Martna_vallavalitsus, lk 11
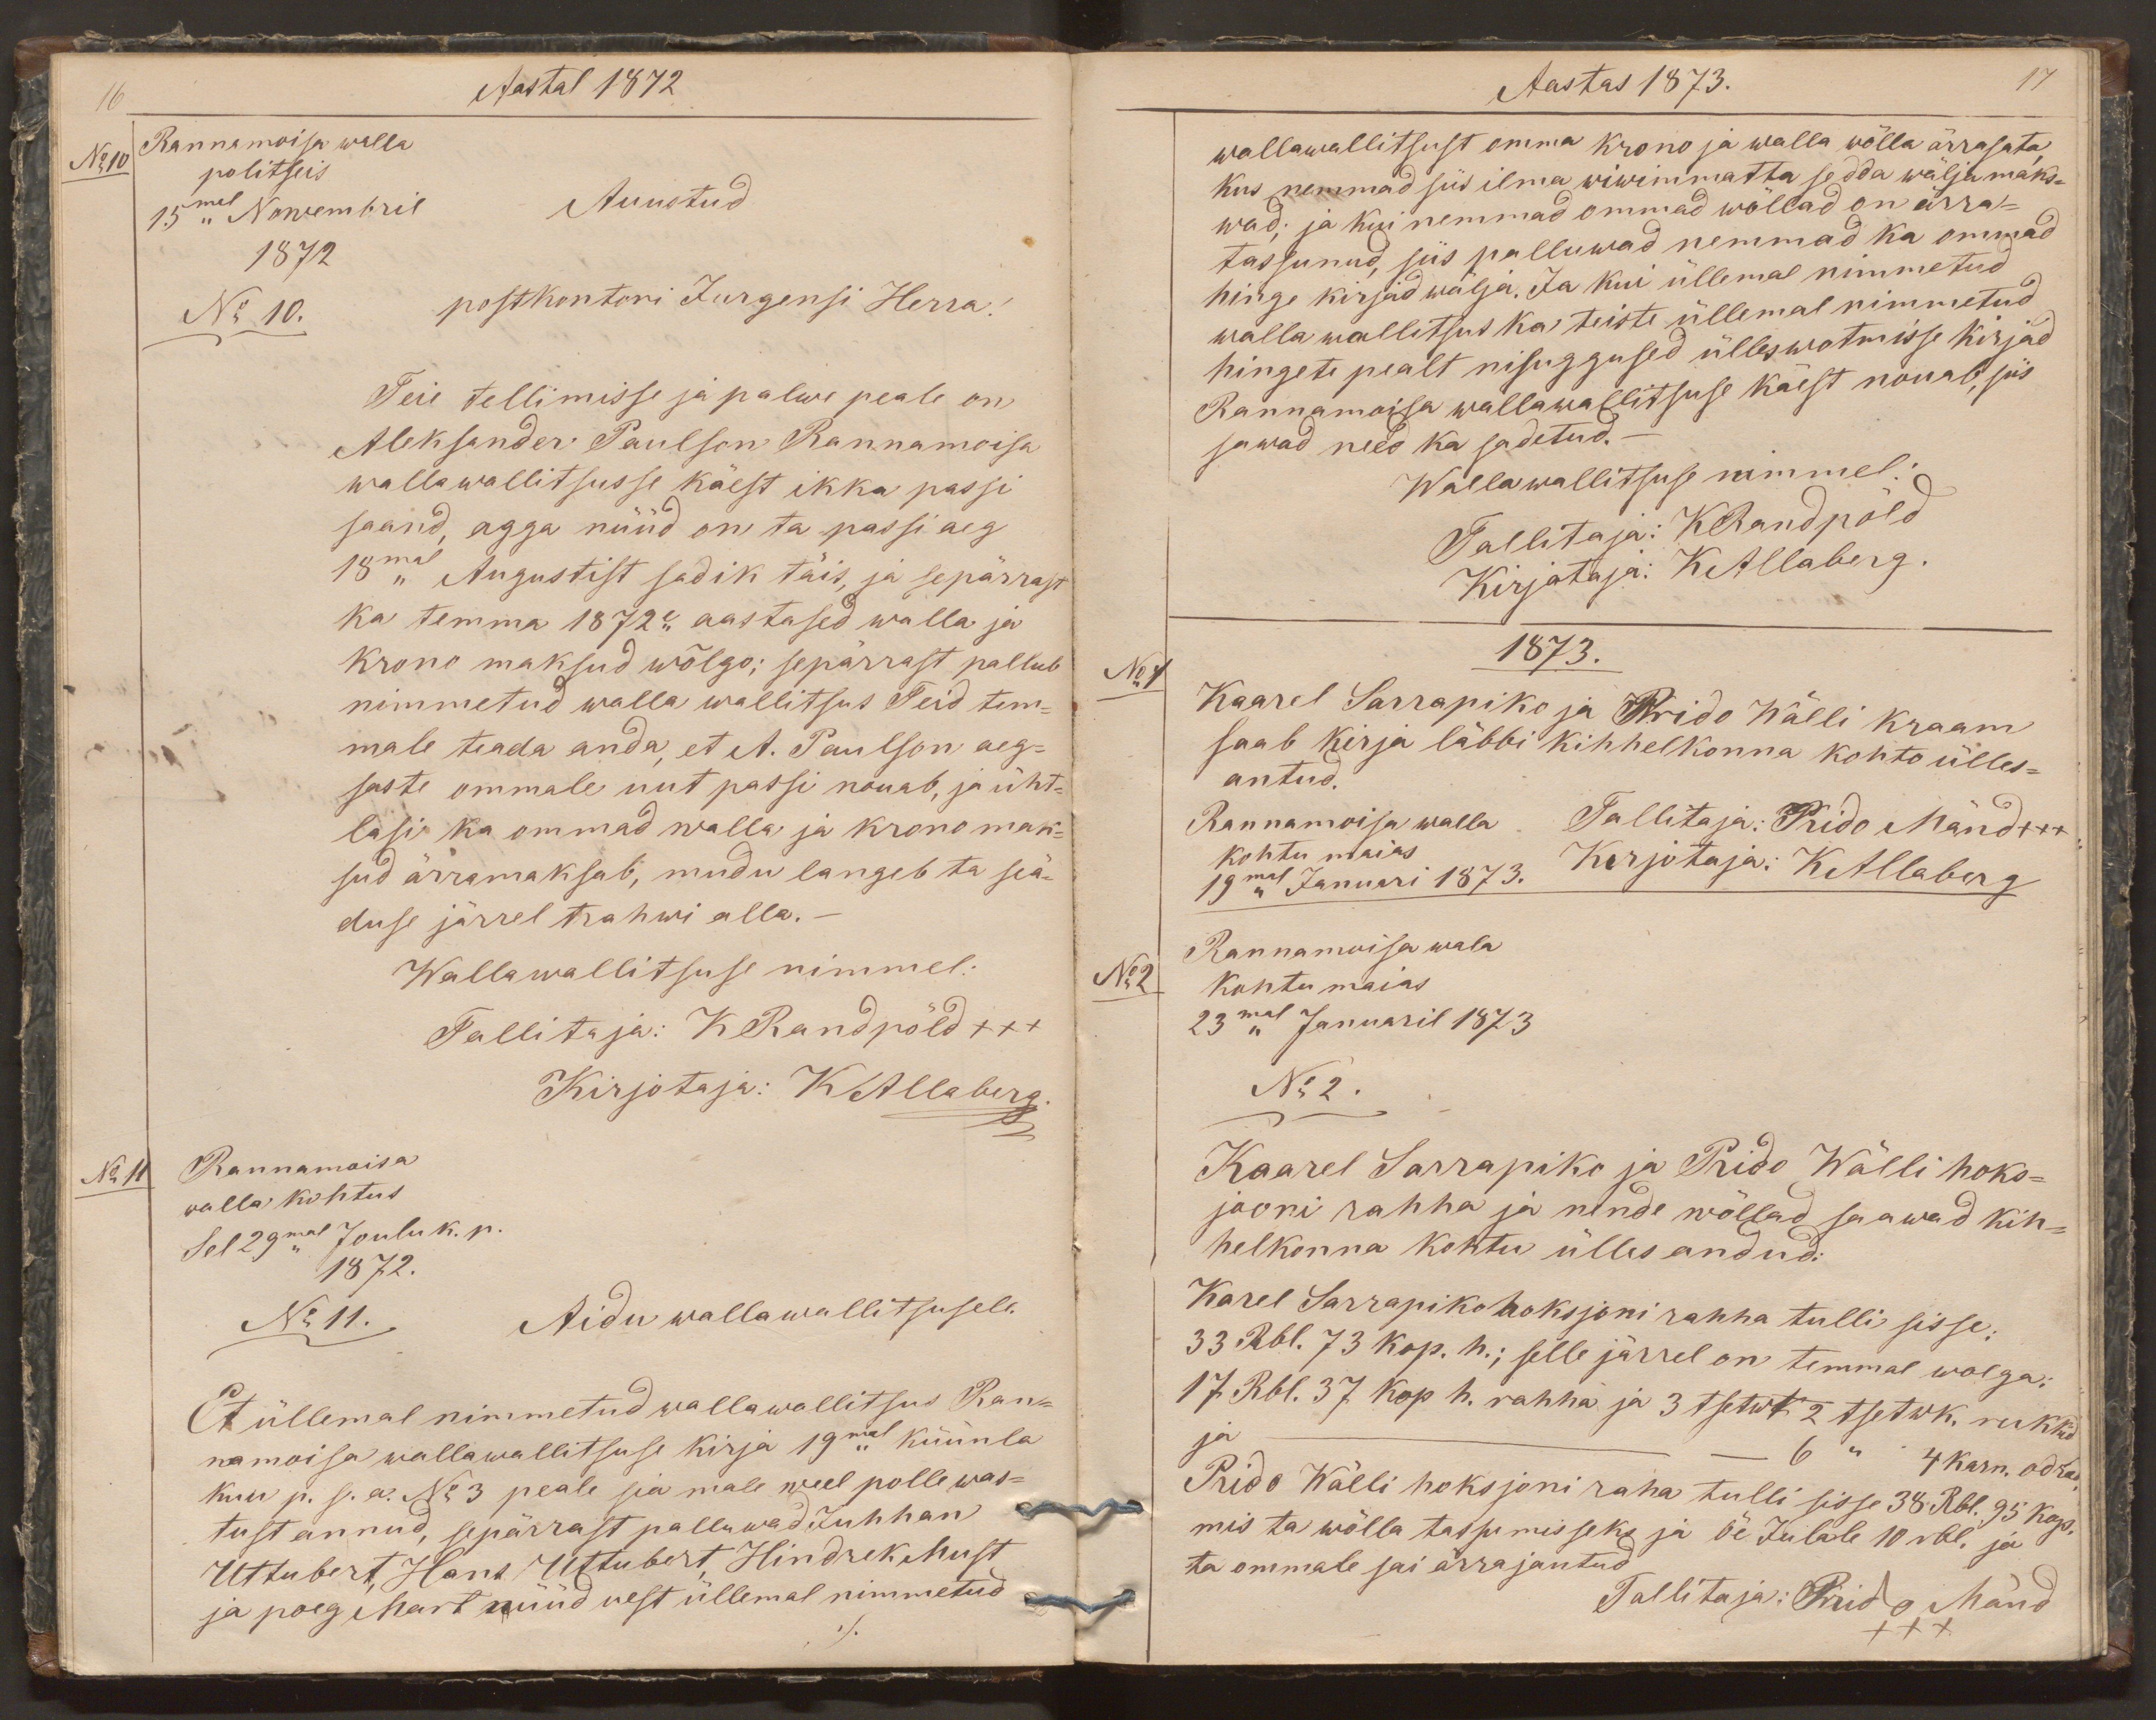
Aastal 1872
No 10
Rannamoisa walla
politseis
15mal Nowembril
Auustud
1872
No 10.
postkontori Jurgensi Herra!
Teie tellimisse ja palwe peale on
Aleksander Paulson Rannamoisa
wallawallitsusse käest ikka passi
saand, agga nüüd on ta passi aeg
18mal Augustist sadik täis, ja sepärrast
ka temma 1872e aastased walla ja
krono maksud wõlgo; sepärrast pallub
nimmetud walla wallitsus Teid tem-
male teada anda, et A. Paulson aeg-
saste ommale uut passi nouab, ja üht-
lasi ka ommad walla ja krono mak-
sud ärramaksab, mudu langeb ta seä-
duse järrel trahwi alla.-
Wallawallitsuse nimmel:
Tallitaja: K Randpõld xxx
Kirjotaja: KAllaberg
No 11
Rannamoisa
walla kohtus
Sel 29mal Joulu k. p.
1872.
No 11.
Aidu wallawallitsusele.
Et üllemal nimmetud wallawallitsus Ran-
namoisa wallawallitsuse kirja 19mal küünla
kuu p. s. a. No 3 peale sia male weel polle was-
tust annud, sepärrast palluwad Juhhan
Uttubert, Hans Uttubert Hindrek Must
ja poeg Mart nüüd uest üllemal nimmetud

Aastas 1873.
17
wallawallitsust omma krono ja walla wõlla ärrasata,
kus nemmad siis ilma wiwimmatta sedda wäljamaks-
wad; ja kui nemmad ommad wõllad on ärra-
tassunud, siis palluwad nemmad ka ommad
hinge kirjad wälja. Ja kui üllemal nimmetud
walla wallitsus ka teiste üllemal nimmetud
hingete pealt nisuggused ülleswotmisse kirjad
Rannamoisa wallawallitsuse käest nouab, siis
sawad need ka sadetud.-
Wallawallitsuse nimmel:
Tallitaja: KRandpõld
Kirjotaja: KAllaberg.
No 1
1873.
Kaarel Sarrapiko ja Prido Wälli kraam
saab kirja läbbi kihhelkonna kohto ülles-
antud.
Rannamoisa walla
Tallitaja: Prido Mänd xxx
kohtu maias
19mal Januari 1873.
Kirjotaja: KAllaberg
Rannamoisa wala
No 2
kohtu maias
23mal Januaril 1873.
No 2.
Kaarel Sarrapiko ja Prido Wälli hoks-
jooni rahha ja nende wõllad saawad kih-
helkonna kohtu ülles andud:
Karel Sarrapiko hoksjoni rahha tulli sisse:
33 Rbl. 73 kop. h.; selle järrel on temmal wolga:
17 Rbl. 37 Kop. h. rahha ja 3 tsetwk 2 tsetwk. rukkid
ja - -  6 " 4 karn. odrad
Prido Wälli hoksjoni raha tulli sisse 38 Rbl. 95 kop.
mis ta wõlla tassumisseks ja õe Julale 10 rbl. ja
ta ommale sai ärrajautud
Tallitaja: Prido Mänd
xxx